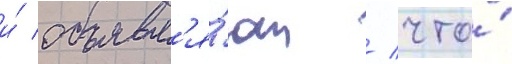
и́ объявл'я́ют / что́